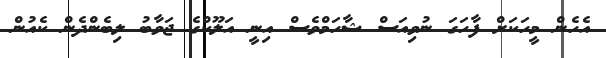
އެހެން މީހަކަށް ފާހަގަ ނުވިއަސް ޝާހަމްވެސް އިނީ އަލޫކްގެ ޖަވާބު ލިބެންދެން ކެއުން